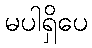
မပါရှိပေ